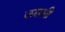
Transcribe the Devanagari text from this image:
लससी